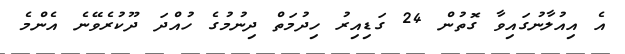
އެ އިއުލާނުގައިވާ ގޮތުން 24 ގަޑިއިރު ހިދުމަތް ދިނުމުގެ ހުއްދަ ދޫކުރެވޭނެ އެންމެ